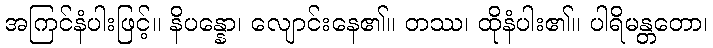
အကြင်နံပါးဖြင့်။ နိပန္နော၊ လျောင်းနေ၏။ တဿ၊ ထိုနံပါး၏။ ပါရိမန္တတော၊